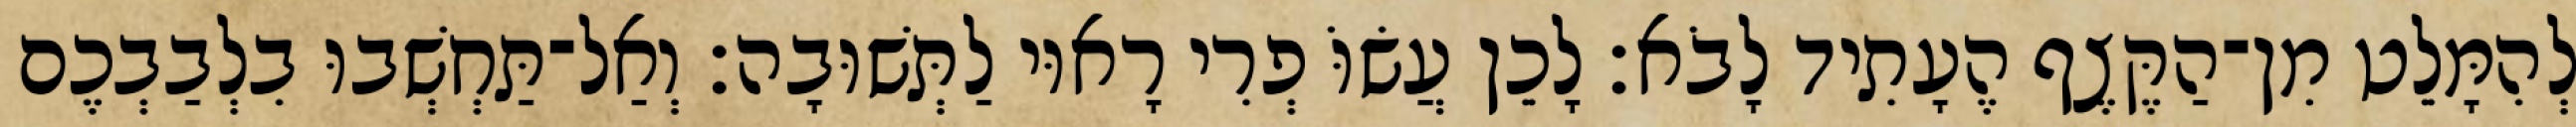
לְהִמָּלֵט מִן־הַקֶּצֶף הֶעָתִיד לָבֹא׃ לָכֵן עֲשׂוֹּ פְרִי רָאוּי לַתְּשׁוּבָה׃ וְאַל־תַּחְשְׁבוּ בִלְבַבְכֶם